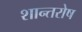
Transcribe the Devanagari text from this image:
शान्तरोष